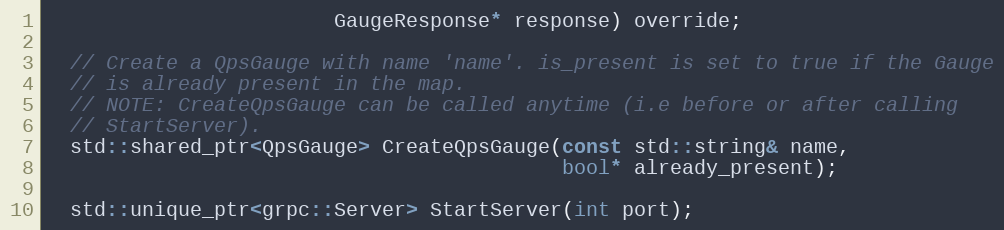
Language: C
                        GaugeResponse* response) override;

  // Create a QpsGauge with name 'name'. is_present is set to true if the Gauge
  // is already present in the map.
  // NOTE: CreateQpsGauge can be called anytime (i.e before or after calling
  // StartServer).
  std::shared_ptr<QpsGauge> CreateQpsGauge(const std::string& name,
                                           bool* already_present);

  std::unique_ptr<grpc::Server> StartServer(int port);